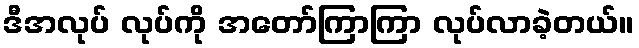
ဒီအလုပ် လုပ်ကို အတော်ကြာကြာ လုပ်လာခဲ့တယ်။